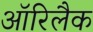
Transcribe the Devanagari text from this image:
ऑरिलैक